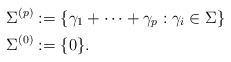
\begin{align*} \Sigma^{(p)} &:= \{\gamma_1+\cdots+\gamma_p : \gamma_i\in\Sigma\}\\ \Sigma^{(0)} &:= \{0\}.\end{align*}